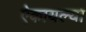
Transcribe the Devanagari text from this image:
ऐकायल्या